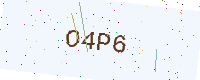
Text: O4P6